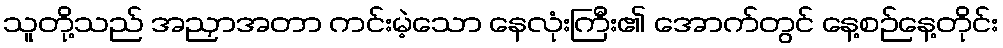
သူတို့သည် အညှာအတာ ကင်းမဲ့သော နေလုံးကြီး၏ အောက်တွင် နေ့စဉ်နေ့တိုင်း